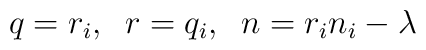
q=r_{i},\;\;r=q_{i},\;\;n=r_{i}n_{i}-\lambda